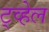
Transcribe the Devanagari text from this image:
ट्व्हेल